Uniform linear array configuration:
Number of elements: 12
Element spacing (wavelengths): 0.5
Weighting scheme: blackman
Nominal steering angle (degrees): -15
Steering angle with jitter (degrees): -14.685
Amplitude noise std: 0.05
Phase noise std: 0.05

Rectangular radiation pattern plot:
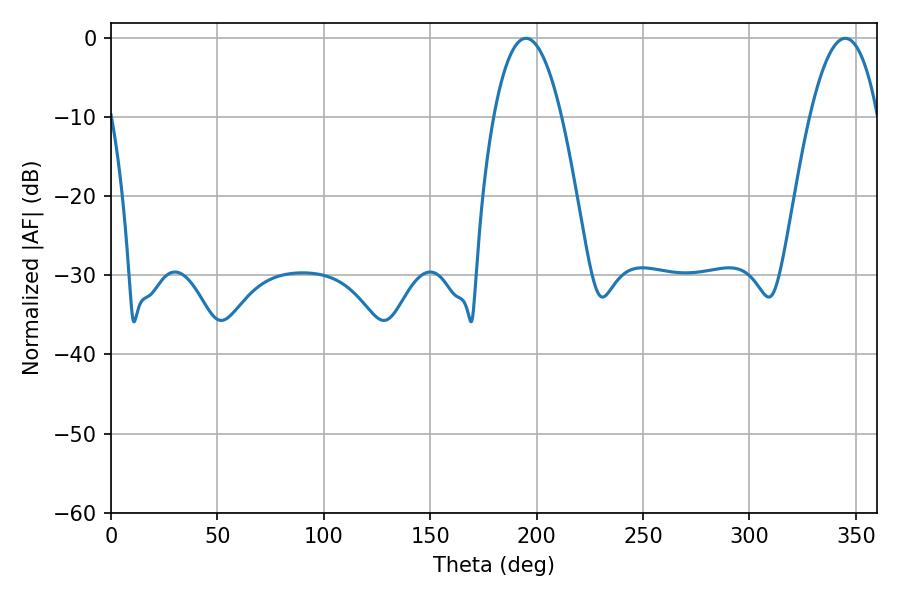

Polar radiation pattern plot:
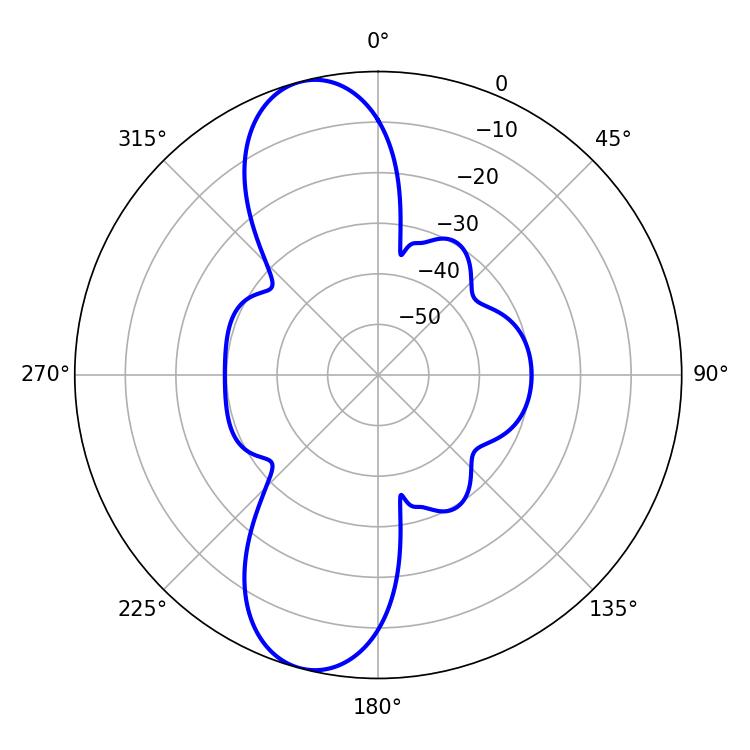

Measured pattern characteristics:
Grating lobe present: FALSE
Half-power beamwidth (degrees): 17.82
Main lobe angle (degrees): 194.94